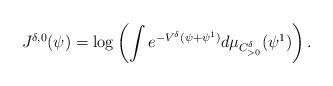
LaTeX: \begin{align*}J^{\delta,0}(\psi)=\log\left(\int e^{-V^{\delta}(\psi+\psi^1)}d\mu_{C_{>0}^{\delta}}(\psi^1)\right).\end{align*}